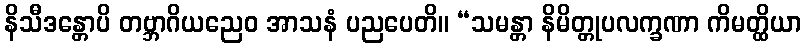
နိသီဒန္တောပိ တဗ္ဘာဂိယညေဝ အာသနံ ပညပေတိ။ “သမန္တာ နိမိတ္တုပလက္ခဏာ ကိမတ္ထိယာ